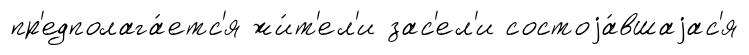
пр'едполага́етс'я жи́т'ел'и зас'ел'и состоjа́вшаjас'я